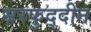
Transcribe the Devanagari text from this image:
सरफुद्दीन